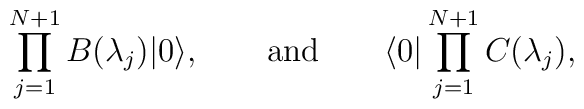
\prod_{j=1}^{N+1}B(\lambda_j)|0\rangle,\qquad\mbox{and}\qquad\langle0|\prod_{j=1}^{N+1}C(\lambda_j),